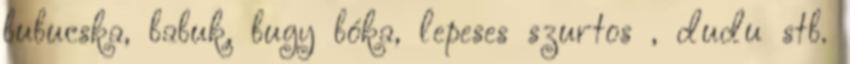
bubucska, babuk, bugy bóka, lepeses szurtos , dudu stb.